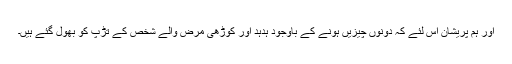
اور ہم پریشان اس لئے کہ دونوں چیزیں ہونے کے باوجود ہدہد اور کوڑھی مرض والے شخص کے تڑپ کو بھول گئے ہیں۔